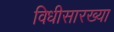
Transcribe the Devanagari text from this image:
विधीसारख्या